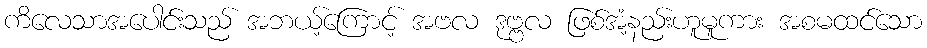
ကိလေသာအပေါင်းသည် အဘယ့်ကြောင့် အဗလ ဒုဗ္ဗလ ဖြစ်အံ့နည်းဟူမူကား အစမထင်သော